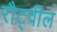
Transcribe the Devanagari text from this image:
रौट्वील